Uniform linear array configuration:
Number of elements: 64
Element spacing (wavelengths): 0.75
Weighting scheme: uniform
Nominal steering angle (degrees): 0
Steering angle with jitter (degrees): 1.972
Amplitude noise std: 0.05
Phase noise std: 0.05

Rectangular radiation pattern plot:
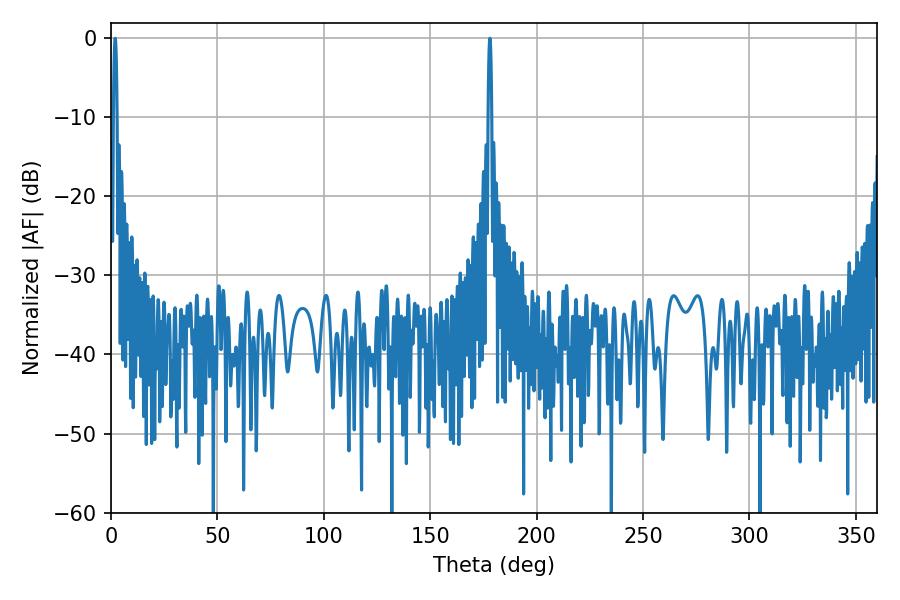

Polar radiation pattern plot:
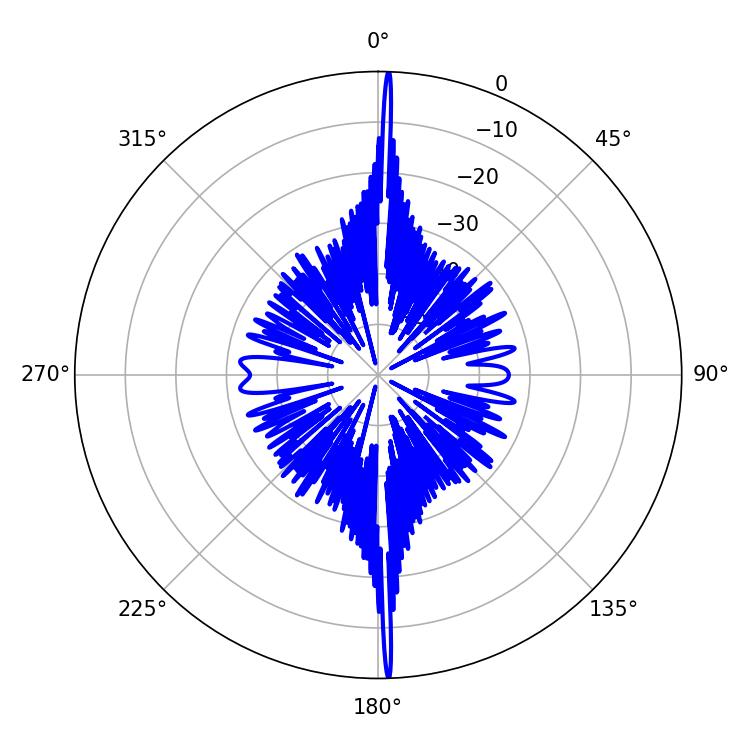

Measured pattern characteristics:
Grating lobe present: TRUE
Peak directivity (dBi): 31.6
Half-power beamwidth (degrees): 0.72
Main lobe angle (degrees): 178.02